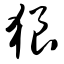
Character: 狠